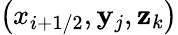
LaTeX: \left(x_{i+1/2},\mathbf{y}_{j},\mathbf{z}_{k}\right)